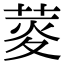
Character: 𦲯